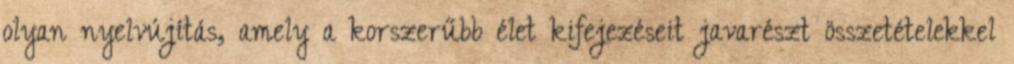
olyan nyelvújítás, amely a korszerűbb élet kifejezéseit javarészt összetételekkel